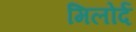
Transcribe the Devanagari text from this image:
मिलोर्द